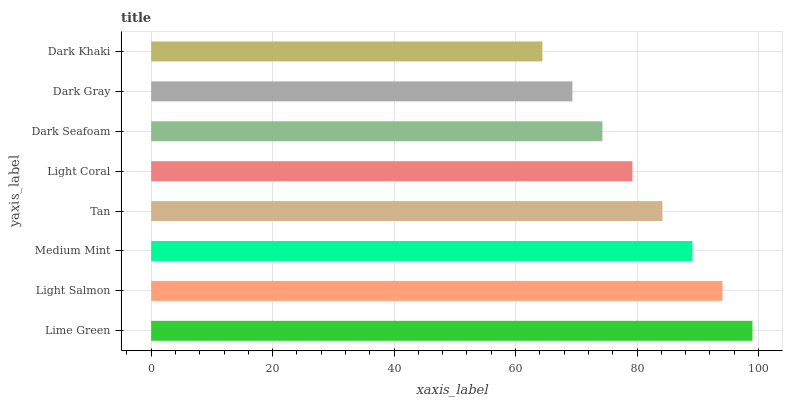
| yaxis_label | bars |
 | --- | --- |
 | Lime Green | 99 |
 | Light Salmon | 94.1 |
 | Medium Mint | 89.1 |
 | Tan | 84.2 |
 | Light Coral | 79.2 |
 | Dark Seafoam | 74.3 |
 | Dark Gray | 69.4 |
 | Dark Khaki | 64.4 |